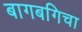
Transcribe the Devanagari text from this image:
बागबगिचा